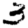
Digit: 3